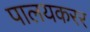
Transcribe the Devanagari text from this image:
पालयकरर